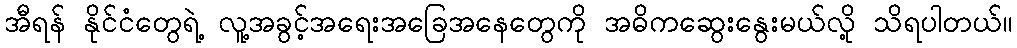
အီရန် နိုင်ငံတွေရဲ့ လူ့အခွင့်အရေးအခြေအနေတွေကို အဓိကဆွေးနွေးမယ်လို့ သိရပါတယ်။